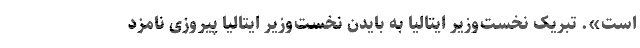
است». تبریک نخست‌وزیر ایتالیا به بایدن نخست‌وزیر ایتالیا پیروزی نامزد